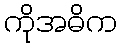
ကိုအဓိက